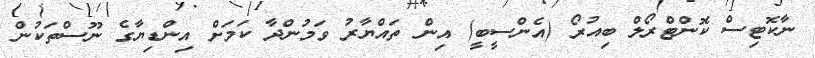
ނާކޮޓިސް ކޮންޓްރޯލް ބިއުރޯ (އެންސީބީ) އިން ތައްޔާރު ވަމުންދާ ކަމަށް އިންޑިޔާގެ ނޫސްތަކުން